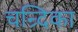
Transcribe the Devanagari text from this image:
चन्र्दिका